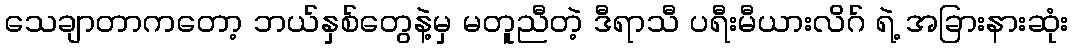
သေချာတာကတော့ ဘယ်နှစ်တွေနဲ့မှ မတူညီတဲ့ ဒီရာသီ ပရီးမီယားလိဂ် ရဲ့ အခြားနားဆုံး